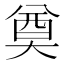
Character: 奠